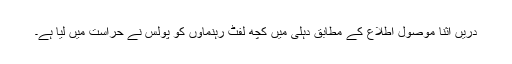
دریں اثنا موصول اطلاع کے مطابق دہلی میں کچھ لفٹ رہنماؤں کو پولس نے حراست میں لیا ہے۔